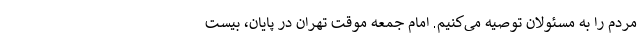
مردم را به مسئولان توصیه می‌کنیم. امام جمعه موقت تهران در پایان، بیست